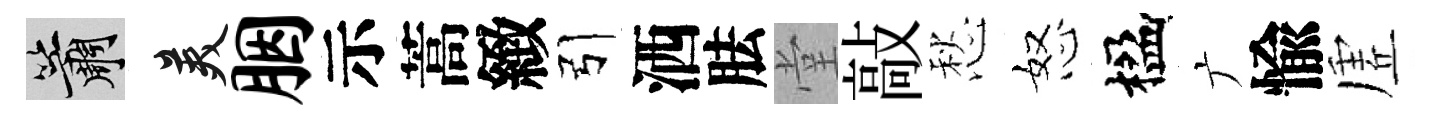
簫美胭示蒿緻引洒胠堂敲愁怒楹广愉虗